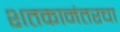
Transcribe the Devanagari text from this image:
शतकानंतरचा